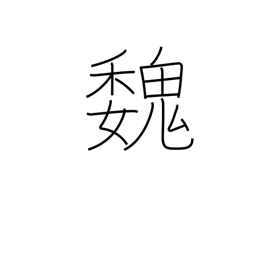
Meaning: Kingdom of Wei